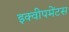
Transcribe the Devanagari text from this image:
इक्वीपमेंटस